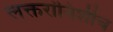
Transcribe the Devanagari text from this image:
लक्तरांनिशीच